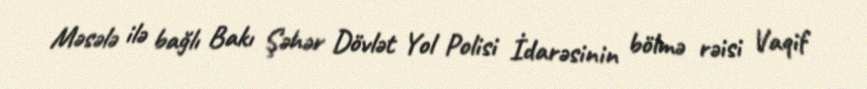
Məsələ ilə bağlı Bakı Şəhər Dövlət Yol Polisi İdarəsinin bölmə rəisi Vaqif